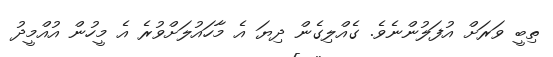
ތިބީ ވަރަށް އުފަލުންނެވެ. ގެއްލިގެން ދިޔަ އެ މާހައުލަށްވުރެ އެ މީހުން އުއްމީދު